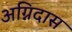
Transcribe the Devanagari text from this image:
अग्निदास